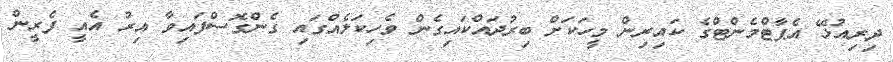
ދިރިއުޅޭ އެޕާޓްމެންޓްގެ ކައިރިން މީހަކަށް ބިރުދައްކައިގެން ވެހިކަލެއްގައި ގެންގޮސްފައިވާ އިރު އެއީ ފެރީން